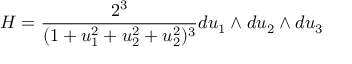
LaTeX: H = \frac { 2 ^ { 3 } } { ( 1 + u _ { 1 } ^ { 2 } + u _ { 2 } ^ { 2 } + u _ { 2 } ^ { 2 } ) ^ { 3 } } d u _ { 1 } \wedge d u _ { 2 } \wedge d u _ { 3 }